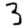
Digit: 3